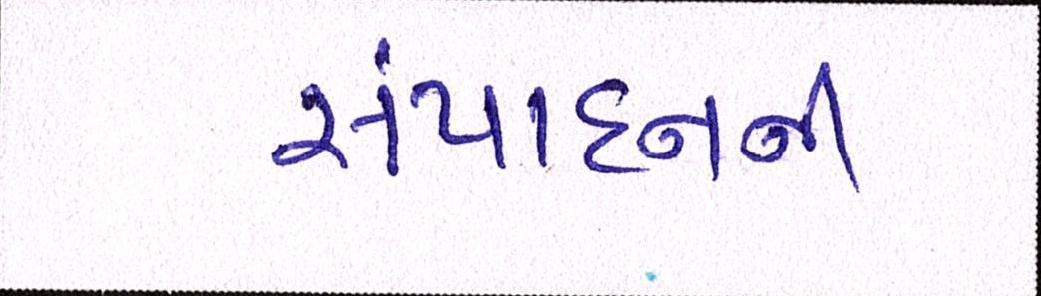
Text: સંપાદનની